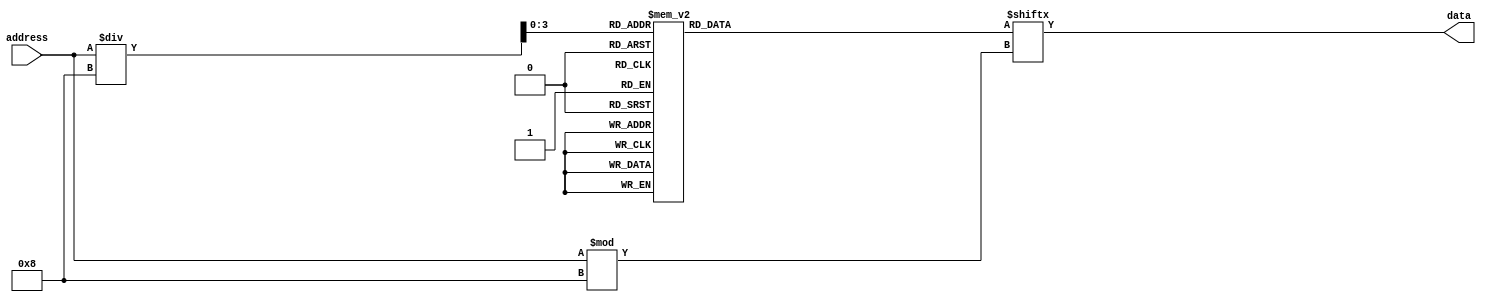
module OTP_ROM (
    input wire [address_width-1:0] address,
    output reg data
    );

parameter num_rows = 16;  
parameter num_cols = 8;  
parameter address_width = $clog2(num_rows*num_cols);

reg [num_cols-1:0] memory [num_rows-1:0];

always @* begin
    data = memory[address/num_cols][address%num_cols];
end

endmodule